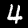
Digit: 4